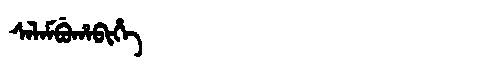
Manchu: ᠰᠠᠯᠠᠮᠪᡠᡥᠠᠪᡳᡥᡝ
Romanization: SALAMBUHABIHE